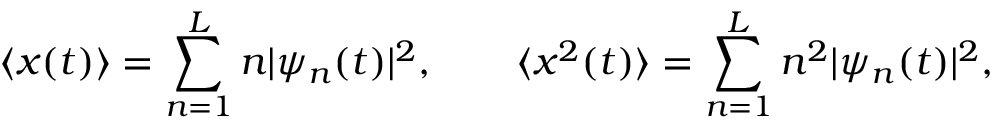
\langle x ( t ) \rangle = \sum _ { n = 1 } ^ { L } n | \psi _ { n } ( t ) | ^ { 2 } , \qquad \langle x ^ { 2 } ( t ) \rangle = \sum _ { n = 1 } ^ { L } n ^ { 2 } | \psi _ { n } ( t ) | ^ { 2 } ,